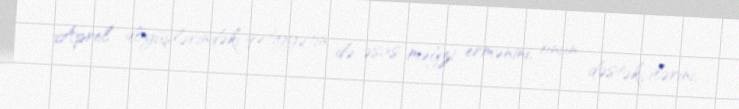
Aprel döyüşlərindəki qətiyyətin də əsas məğzi ermənini, onun dəstəkçilərini,